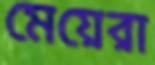
মেয়েরা